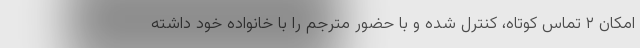
امکان ۲ تماس کوتاه، کنترل شده و با حضور مترجم را با خانواده خود داشته